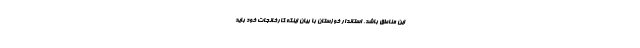
این مناطق باشد. استاندار خوزستان با بیان اینکه کارخانجات خود باید